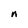
Character: n